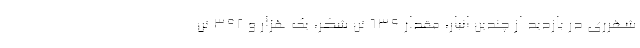
شهرری در بازدید از چندین انبار، مقدار 639 تن شکر، یک هزار و 392 تن